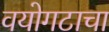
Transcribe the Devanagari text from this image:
वयोगटाचा